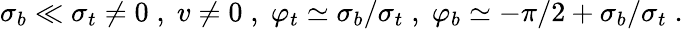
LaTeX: \sigma_{b}\ll\sigma_{t}\neq 0\; ,\; v\neq 0\; ,\; \varphi_{t}\simeq\sigma_{b}/\sigma_{t}\; ,\; \varphi_{b}\simeq-\pi/2+\sigma_{b}/\sigma_{t}\; .